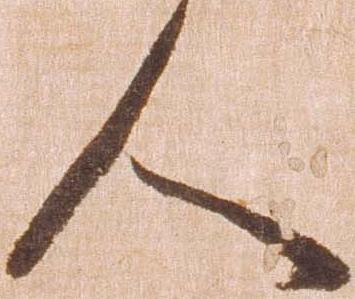
人